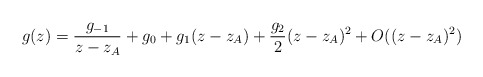
\begin{align*}g(z) = \frac{g_{-1}}{z-z_A} + g_0 +g_1 (z-z_A) +\frac{g_2}{2}(z-z_A)^2 + O((z-z_A)^2)\end{align*}